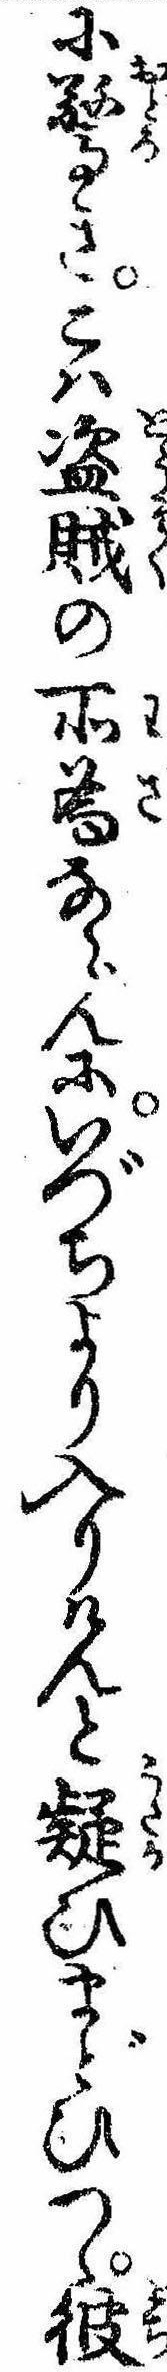
に驚きこは盗賊の所為ならんにいづちより入りけんと疑ひまどひつゝ彼